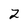
Character: 2